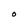
Character: O